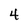
Character: 4